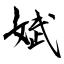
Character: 娬